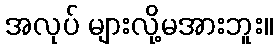
အလုပ် များလို့မအားဘူး။